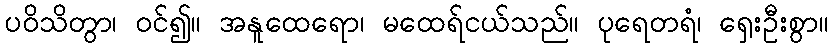
ပဝိသိတွာ၊ ဝင်၍။ အနူထေရော၊ မထေရ်ငယ်သည်။ ပုရေတရံ၊ ရှေးဦးစွာ။